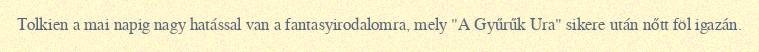
Tolkien a mai napig nagy hatással van a fantasyirodalomra, mely "A Gyűrűk Ura" sikere után nőtt föl igazán.